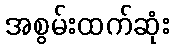
အစွမ်းထက်ဆုံး